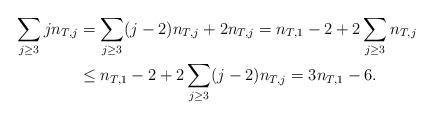
LaTeX: \begin{align*}\sum_{j\ge 3} jn_{T,j} &=\sum_{j\ge 3} (j-2)n_{T,j} +2n_{T,j}= n_{T,1}-2+2\sum_{j\ge 3} n_{T,j}\\&\le n_{T,1}-2+2\sum_{j\ge 3} (j-2)n_{T,j}= 3n_{T,1}-6.\end{align*}